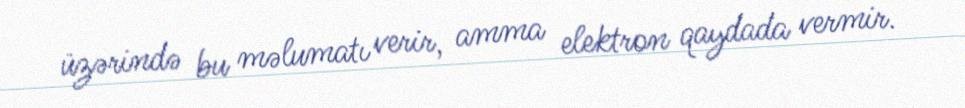
üzərində bu məlumatı verir, amma elektron qaydada vermir.